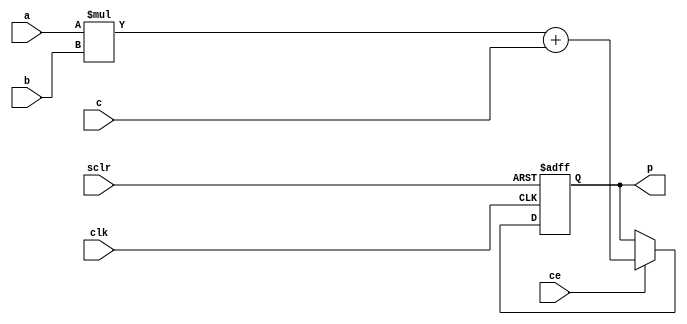
module mac_manual #(
	parameter N = 16,
    parameter Q = 12
    )(
    input clk,sclr,ce,
    input [N-1:0] a,
    input [N-1:0] b,
    input [N-1:0] c,
    output reg [N-1:0] p
    );

always@(posedge clk,posedge sclr)
 begin
    if(sclr)
    begin
        p<=0;
    end
    else if(ce)
    begin
        p <= (a*b+c);                   //performs the multiply accumulate operation
    end
 end
endmodule